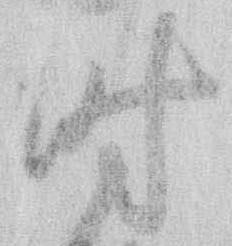
時